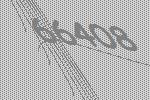
66408